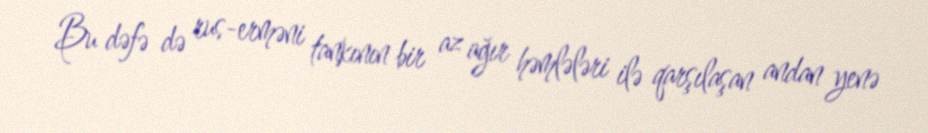
Bu dəfə də rus-erməni tankının bir az ağır həmlələri ilə qarşılaşan andan yenə